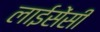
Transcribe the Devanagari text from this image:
लाईसेंसी